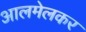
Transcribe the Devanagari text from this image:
आलमेलकर